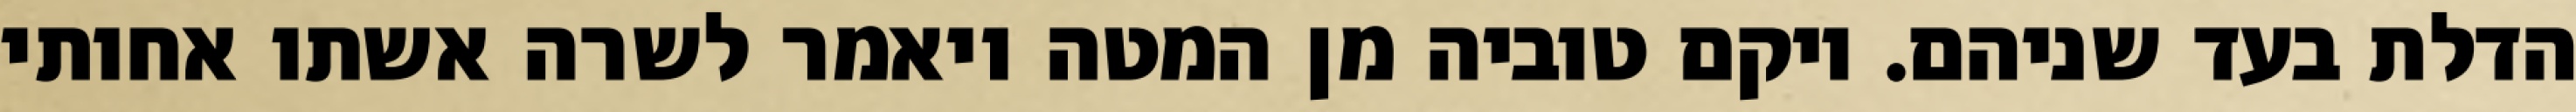
הדלת בעד שניהם. ויקם טוביה מן המטה ויאמר לשרה אשתו אחותי